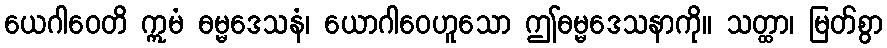
ယေဂါဝေတိ ဣမံ ဓမ္မဒေသနံ၊ ယောဂါဝေဟူသော ဤဓမ္မဒေသနာကို။ သတ္ထာ၊ မြတ်စွာ